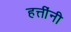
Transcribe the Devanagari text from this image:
हत्तींनी